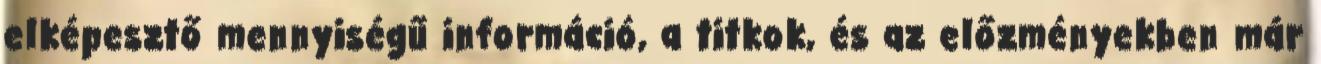
elképesztő mennyiségű információ, a titkok, és az előzményekben már